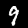
Digit: 9